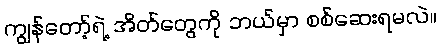
ကျွန်တော့်ရဲ့ အိတ်တွေကို ဘယ်မှာ စစ်ဆေးရမလဲ။